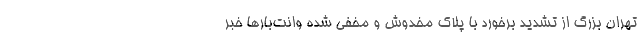
تهران بزرگ از تشدید برخورد با پلاک مخدوش و مخفی شده وانت‌بارها خبر